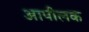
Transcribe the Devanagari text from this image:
आपीलक